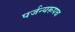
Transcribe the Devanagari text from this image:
पर्जन्यरूपच